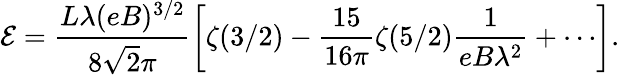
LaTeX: \mathcal{E}=\frac{L\lambda(eB)^{3/2}}{8\sqrt{2}\pi}\left[\zeta(3/2)-\frac{15}{16\pi}\zeta(5/2)\frac{1}{eB\lambda^{2}}+\cdots\right].